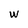
Character: W